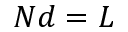
N d = L